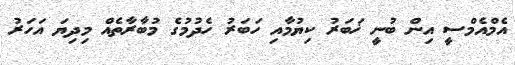
އެމްއެމްސީ އިން ބުނީ ޚަބަރު ކިޔުމާއި ހަބަރު ހެދުމުގެ މުބާރާތެއް މިދިޔަ އަހަރު